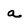
Character: a